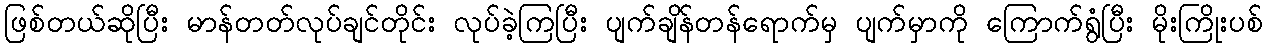
ဖြစ်တယ်ဆိုပြီး မာန်တတ်လုပ်ချင်တိုင်း လုပ်ခဲ့ကြပြီး ပျက်ချိန်တန်ရောက်မှ ပျက်မှာကို ကြောက်ရွံပြီး မိုးကြိုးပစ်